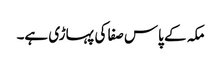
مکہ کے پاس صفا کی پہاڑی ہے۔